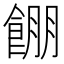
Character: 𱃫